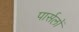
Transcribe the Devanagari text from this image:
पार्सलों